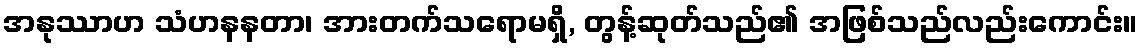
အနုဿာဟ သံဟနနတာ၊ အားတက်သရောမရှိ, တွန့်ဆုတ်သည်၏ အဖြစ်သည်လည်းကောင်း။